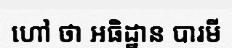
ហៅ ថា អធិដ្ឋាន បារមី